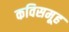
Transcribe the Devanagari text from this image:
कविसमूह